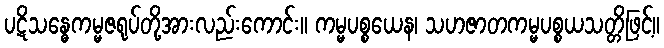
ပဋိသန္ဓေကမ္မဇရုပ်တို့အားလည်းကောင်း။ ကမ္မပစ္စယေန၊ သဟဇာတကမ္မပစ္စယသတ္တိဖြင့်။